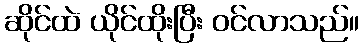
ဆိုင်ထဲ ယိုင်ထိုးပြီး ဝင်လာသည်။